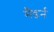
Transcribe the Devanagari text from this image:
मैडर्न